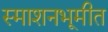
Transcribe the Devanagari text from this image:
स्माशनभूमीत